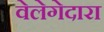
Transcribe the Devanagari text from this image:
वेलेगेदारा